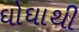
ઘોઘાથી